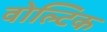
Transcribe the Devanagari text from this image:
वोल्टिक